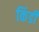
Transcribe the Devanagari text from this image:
किंडी